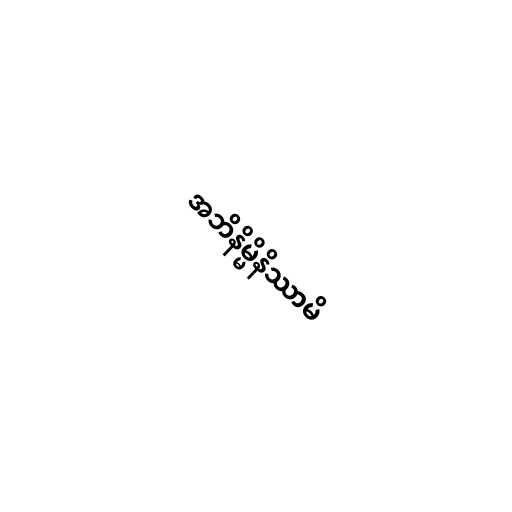
အဘိနိမ္မိနိဿာမိ